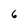
Character: 6